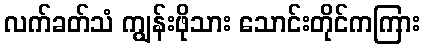
လက်ခတ်သံ ကျွန်းဖိုသား သောင်းတိုင်ကကြား